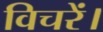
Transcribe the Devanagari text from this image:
विचरें।